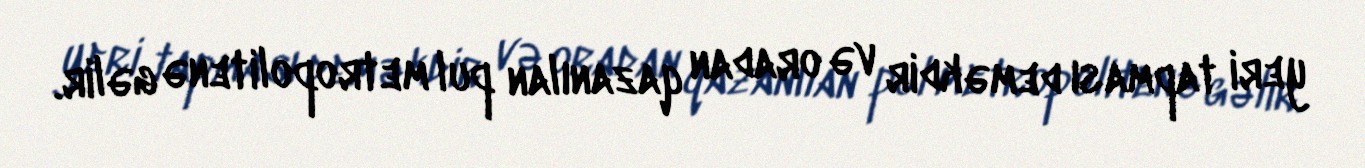
yeri tapması deməkdir və oradan qazanılan pul metropolitenə gəlir.